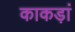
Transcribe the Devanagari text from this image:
काकड़ां